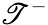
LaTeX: \mathscr{T}^{-}